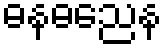
ဓနဓညေန